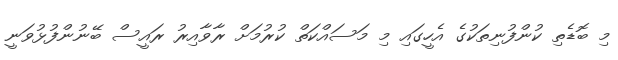
މި ބޮޑެތި ކުންފުނިތަކުގެ އެހީގައި މި މަސައްކަތް ކުރުމަށް ރާވާއިރު ރައީސް ބޭނުންފުޅުވަނީ